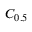
C _ { 0 . 5 }